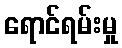
ရောင်ရမ်းမှု